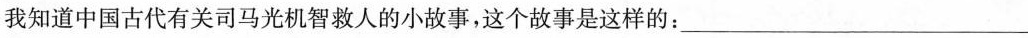
我知道中国古代有关司马光机智救人的小故事，这个故事是这样的：___